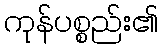
ကုန်ပစ္စည်း၏